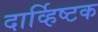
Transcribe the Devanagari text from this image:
दार्व्हिष्टक